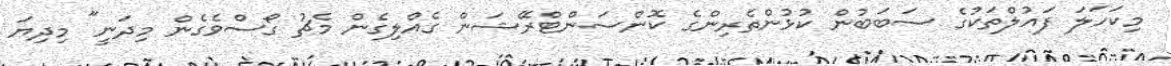
މިކަހަލަ ފައުލްތަކުގެ ސަބަބުން ކުޅުންތެރިންގެ ކޮންސަންޓްރޭޝަން ގެއްލިގެން މެޗު ގޯސްވެގެން މިދަނީ" މިދިޔަ